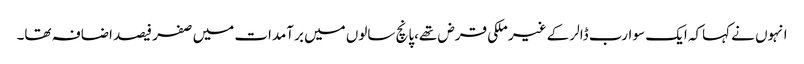
انہوں نے کہاکہ ایک سو ارب ڈالر کے غیر ملکی قرض تھے،پانچ سالوں میں برآمدات میں صفر فیصد اضافہ تھا۔